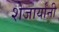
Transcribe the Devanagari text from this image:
शेजार्यांनी